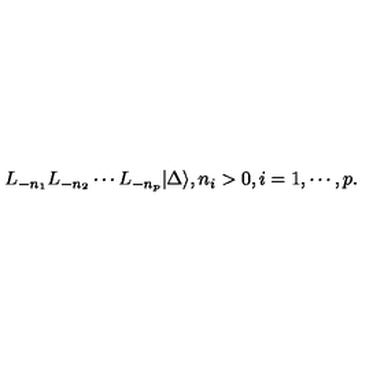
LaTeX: L _ { - n _ { 1 } } L _ { - n _ { 2 } } \cdots L _ { - n _ { p } } | \Delta \rangle , n _ { i } > 0 , i = 1 , \cdots , p .